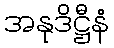
အနုဒိဋ္ဌီနံ